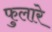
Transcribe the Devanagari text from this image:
फुलारे